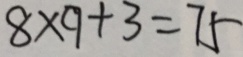
8 \times 9 + 3 = 7 5